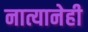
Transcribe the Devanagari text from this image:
नात्यानेही